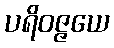
ပရိဝဇ္ဇယေ